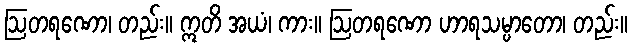
ဩတရဏော၊ တည်း။ ဣတိ အယံ၊ ကား။ ဩတရဏော ဟာရသမ္ပာတော၊ တည်း။